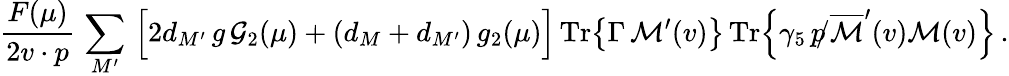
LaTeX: {\frac{F(\mu)}{2v\cdot p}}\, \sum_{M^{\prime}}\, \Big[2d_{M^{\prime}}\, g\, {\cal{G}}_{2}(\mu)+(d_{M}+d_{M^{\prime}})\, g_{2}(\mu)\Big]\, \mathrm{Tr}\big\{ \Gamma\, {\cal{M}}^{\prime}(v)\big\} \, \mathrm{Tr}\Big\{ \gamma_{5}\, \, \rlap/\! p\, \overline{{{\cal{M}}}}^{\prime}(v){\cal{M}}(v)\Big\} \, .